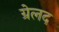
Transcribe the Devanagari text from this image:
ग्रेलद